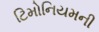
ટિમોનિયમની